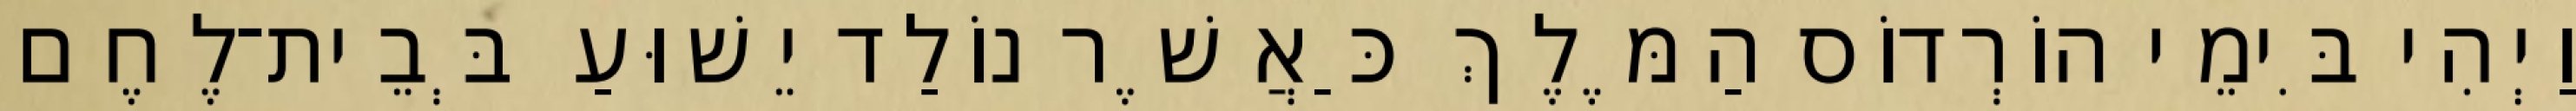
וַיְהִי בִּימֵי הוֹרְדוֹס הַמֶּלֶךְ כַּאֲשֶׁר נוֹלַד יֵשׁוּעַ בְּבֵית־לֶחֶם